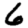
Digit: 6